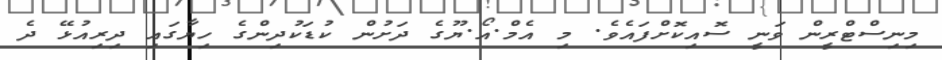
މިނިސްޓްރީން ވަނީ ސޮއިކޮށްފައެވެ. މި އެމް.އޯ.ޔޫގެ ދަށުން ކުޑަކުދިންގެ ހިޔާގައި ދިރިއުޅޭ ދެ